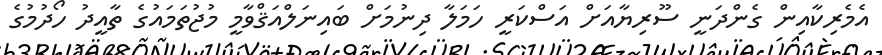
އެމެރިކާއިން ގެންދަނީ ސޫރިޔާއަށް އަސްކަރީ ހަމަލާ ދިނުމަށް ބައިނަލްއަޤްވާމީ މުޖުތަމައުގެ ތާއީދު ހޯދުމުގެ